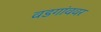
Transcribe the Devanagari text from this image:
वडगांववर